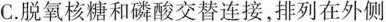
C.脱氧核糖和磷酸交替连接，排列在外侧